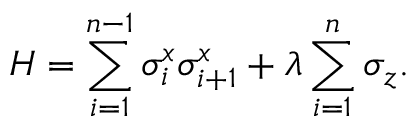
H = \sum _ { i = 1 } ^ { n - 1 } \sigma _ { i } ^ { x } \sigma _ { i + 1 } ^ { x } + \lambda \sum _ { i = 1 } ^ { n } \sigma _ { z } .